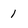
Character: 1